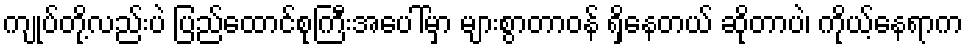
ကျုပ်တို့လည်းပဲ ပြည်ထောင်စုကြီးအပေါ်မှာ များစွာတာဝန် ရှိနေတယ် ဆိုတာပဲ၊ ကိုယ့်နေရာက